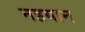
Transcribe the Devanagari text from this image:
नहयान